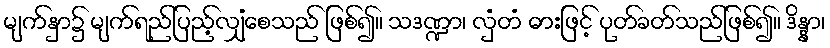
မျက်နှာ၌ မျက်ရည်ပြည့်လျှံစေသည် ဖြစ်၍။ သဒဏ္ဍာ၊ လှံတံ ဓားဖြင့် ပုတ်ခတ်သည်ဖြစ်၍။ ဒိန္နာ၊